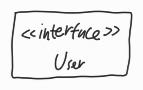
Diagram type: class_diagram
```plantuml
@startuml

interface User

@enduml
```